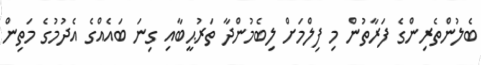
ބެލުންތެރިންގެ ފަރާތުން މި ފިލްމަށް ލިބެމުންދާ ތަރުޙީބާއި ގިނަ ބައެއްގެ އެދުމުގެ މަތިން